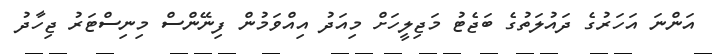
އަންނަ އަހަރުގެ ދައުލަތުގެ ބަޖެޓު މަޖިލީހަށް މިއަދު އިއްވަމުން ފިނޭންސް މިނިސްޓަރު ޖިހާދު